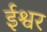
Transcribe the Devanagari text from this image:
र्इश्वर